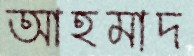
আহমাদ